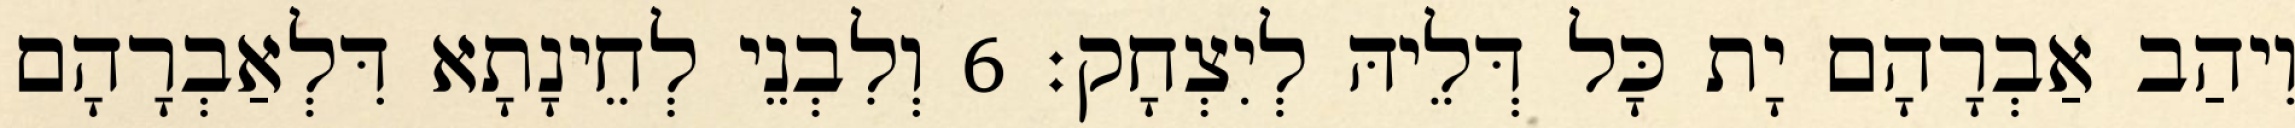
וִיהַב אַבְרָהָם יָת כָּל דְּלֵיהּ לְיִצְחָק׃ 6 וְלִבְנֵי לְחֵינָתָא דִּלְאַבְרָהָם